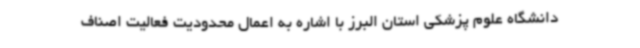
دانشگاه علوم پزشکی استان البرز با اشاره به اعمال محدودیت فعالیت اصناف